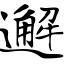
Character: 邂